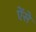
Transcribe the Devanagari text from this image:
ऐंसे